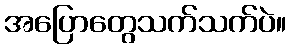
အပြောတွေသက်သက်ပဲ။